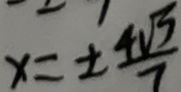
x = \pm \frac { 4 \sqrt { 7 } } { 7 }